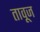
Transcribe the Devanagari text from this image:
तावूज